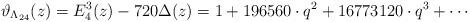
LaTeX: \begin{align*}\vartheta_{\Lambda_{24}}(z) = E^3_4(z) - 720 \Delta(z) = 1 + 196560\cdot q^2 + 16773120 \cdot q^3 + \cdots \end{align*}